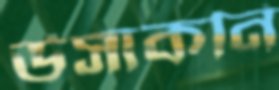
উসাকনি